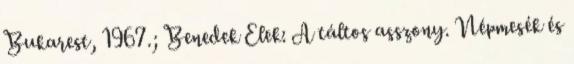
Bukarest, 1967.; Benedek Elek: A táltos asszony. Népmesék és